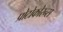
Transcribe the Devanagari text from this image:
प्रोटोकोरन्स